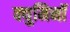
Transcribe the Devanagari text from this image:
क्युमिनॉ